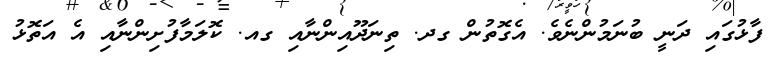
ފާޅުގައި ދަނީ ބުނަމުންނެވެ. އެގޮތުން ގދ. ތިނަދޫއިންނާއި ގއ. ކޮލަމާފުށިންނާއި އެ އަތޮޅު